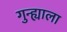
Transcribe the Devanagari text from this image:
गुन्ह्याला